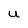
Character: U